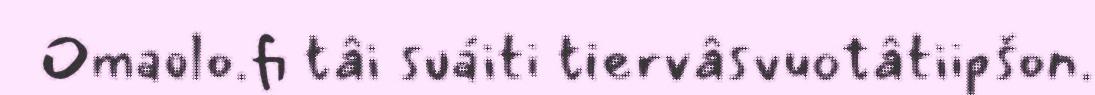
Omaolo.fi tâi suáiti tiervâsvuotâtiipšon.